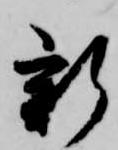
新